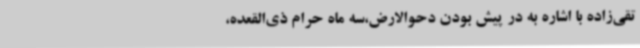
تقی‌زاده با اشاره به در پیش بودن دحوالارض،سه ماه حرام ذی‌القعده،